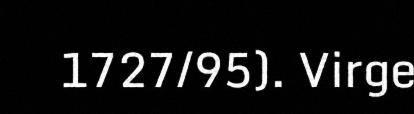
1727/95). Virge